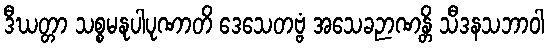
ဒီဃတ္တာ သစ္စမနုပါပုဏာတိ ဒေသေတဗ္ဗံ အသေခဉာဏန္တိ သီဒနသဘာဝါ